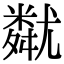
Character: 𡰚